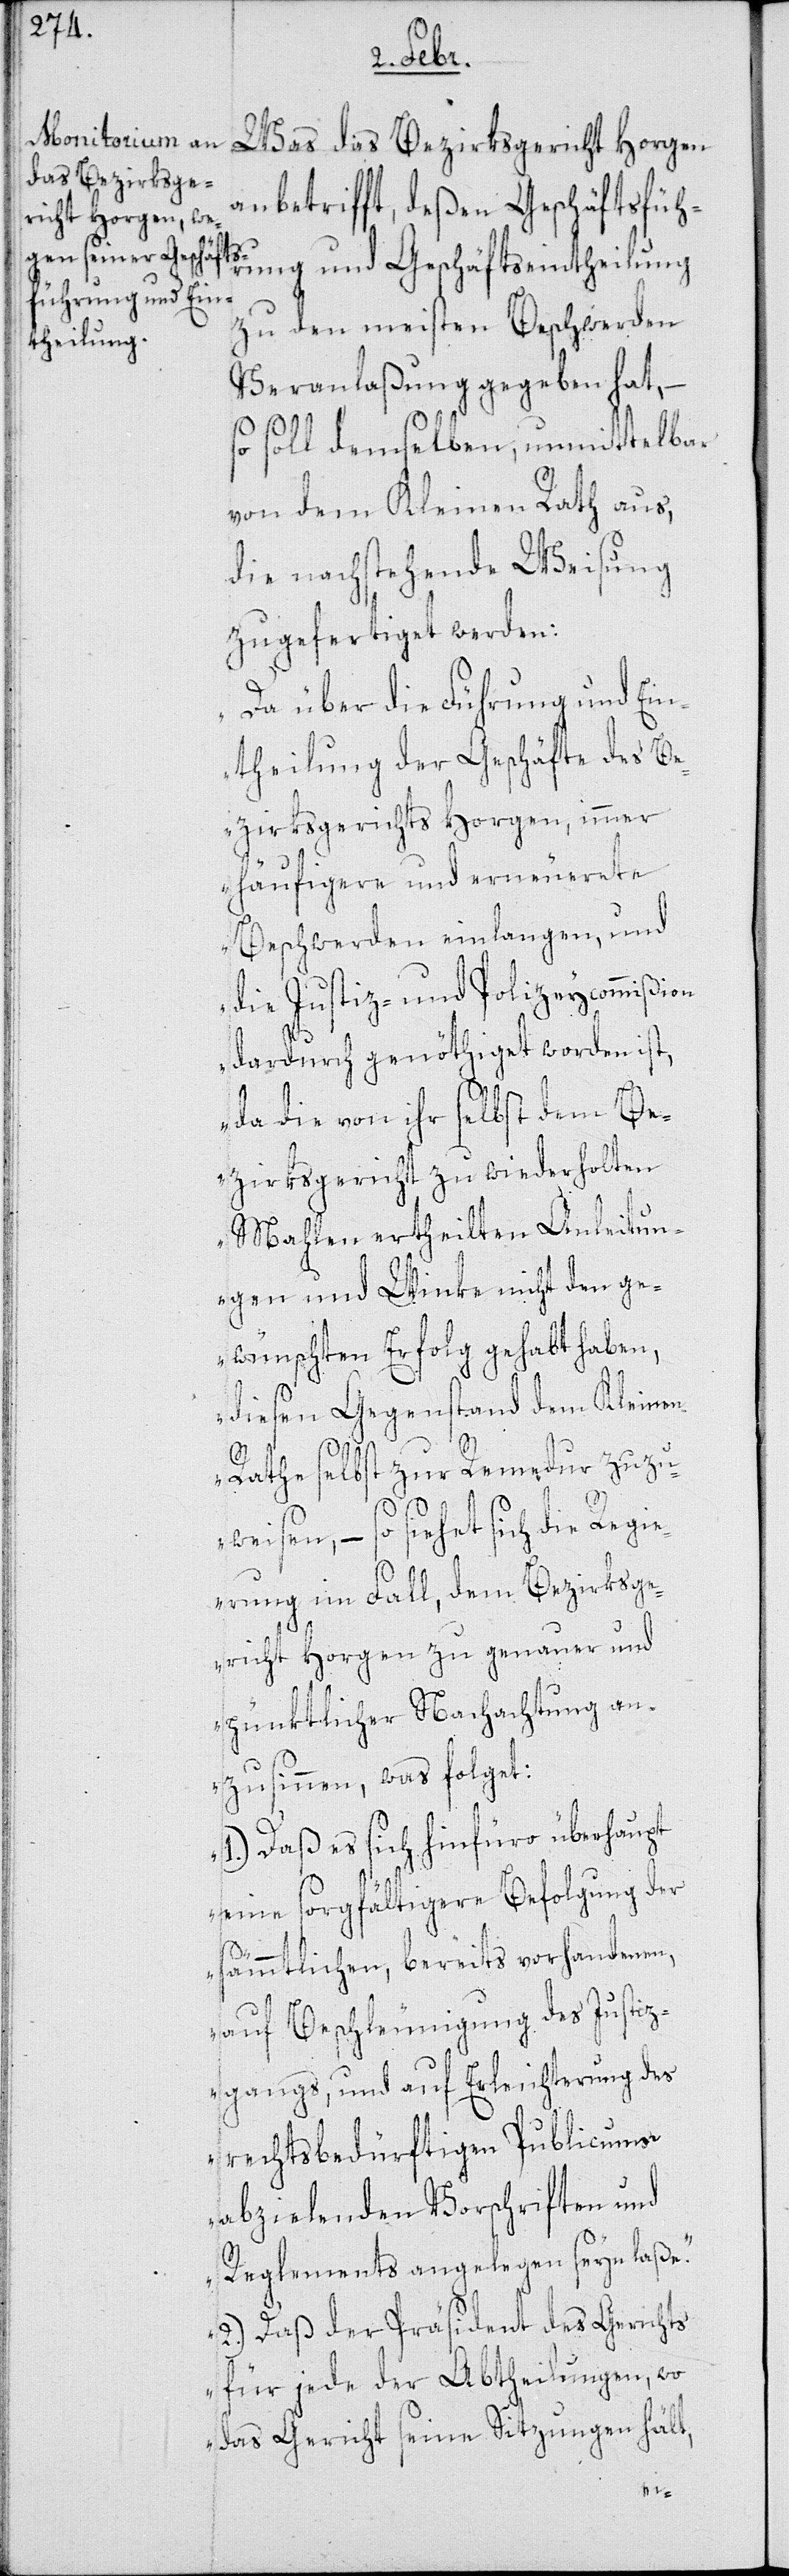
Was das Bezirksgericht Horgen
anbetrifft, deßen Geschäftsfüh¬
rung und Geschäftseintheilung
zu den meisten Beschwerden
Veranlaßung gegeben hat, –
so soll demselben unmittelbar
von dem Kleinen Rath aus,
die nachstehende Weisung
zugefertiget werden:
„Da über die Führung und Ein¬
theilung der Geschäfte des Be¬
zirksgerichts Horgen, immer
häufigere und erneuerete
Beschwerden einlangen, und
die Justiz- und Polizeycommißion
dadurch genöthiget worden ist,
da die von ihr selbst dem Be¬
zirksgericht, zu wiederholten
Mahlen ertheilten Anleitun¬
gen und Winke nicht den ge¬
wünschten Erfolg gehabt haben,
diesen Gegenstand dem Kleinen
Rathe selbst zur Remedur zuzu¬
weisen, – so siehet sich die Regi¬
erung im Fall, dem Bezirksge¬
richt Horgen zu genauer und
pünktlicher Nachachtung an¬
zusinnen, was folget:
1.) Daß es sich hinfüro überhaupt
eine sorgfältigere Befolgung der
sämmtlichen, bereits vorhandenen,
auf Beschleunigung des Justiz¬
gangs, und auf Erleichterung des
rechtsbedürftigen Publicums
abzielenden Vorschriften und
Reglements angelegen seyn laße.
2.) Das der Präsident des Gerichts
für jede der Abtheilungen, wo
das Gericht seine Sitzungen hält,